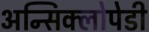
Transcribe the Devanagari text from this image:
अन्सिक्लोपेडी